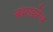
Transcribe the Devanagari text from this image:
बंदराद्वारेच